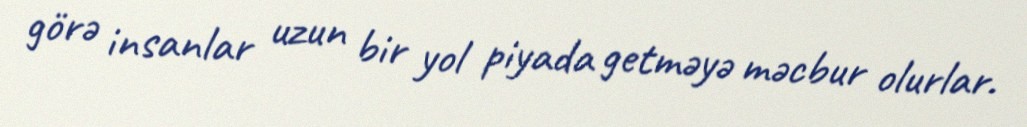
görə insanlar uzun bir yol piyada getməyə məcbur olurlar.